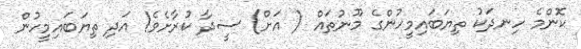
ކޮންމެ ހިނދަކު ތިޔަބައިމީހުންގެ މޫނުތައް ( އަށް) ސީދާ ކުރާށެވެ! އަދި ތިޔަބައިމީހުން